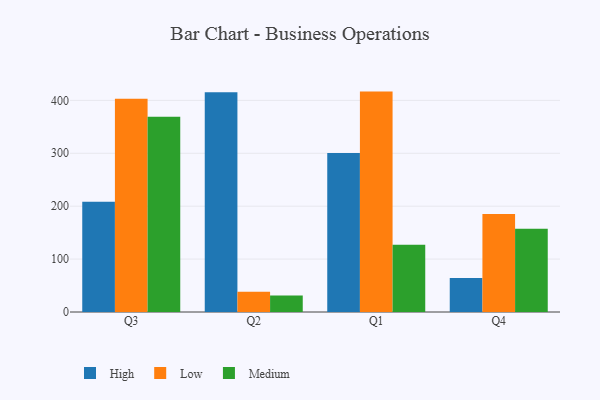
{"axis": {"x": "Quarter", "y": "Satisfaction Score"}, "legend": ["High", "Low", "Medium"], "data": [{"x": "Q3", "y": 208.5, "type": "High"}, {"x": "Q3", "y": 403.0, "type": "Low"}, {"x": "Q3", "y": 369.0, "type": "Medium"}, {"x": "Q2", "y": 415.5, "type": "High"}, {"x": "Q2", "y": 38.5, "type": "Low"}, {"x": "Q2", "y": 31.2, "type": "Medium"}, {"x": "Q1", "y": 300.5, "type": "High"}, {"x": "Q1", "y": 416.6, "type": "Low"}, {"x": "Q1", "y": 127.0, "type": "Medium"}, {"x": "Q4", "y": 64.3, "type": "High"}, {"x": "Q4", "y": 185.3, "type": "Low"}, {"x": "Q4", "y": 157.3, "type": "Medium"}]}